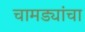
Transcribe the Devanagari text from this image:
चामड्यांचा